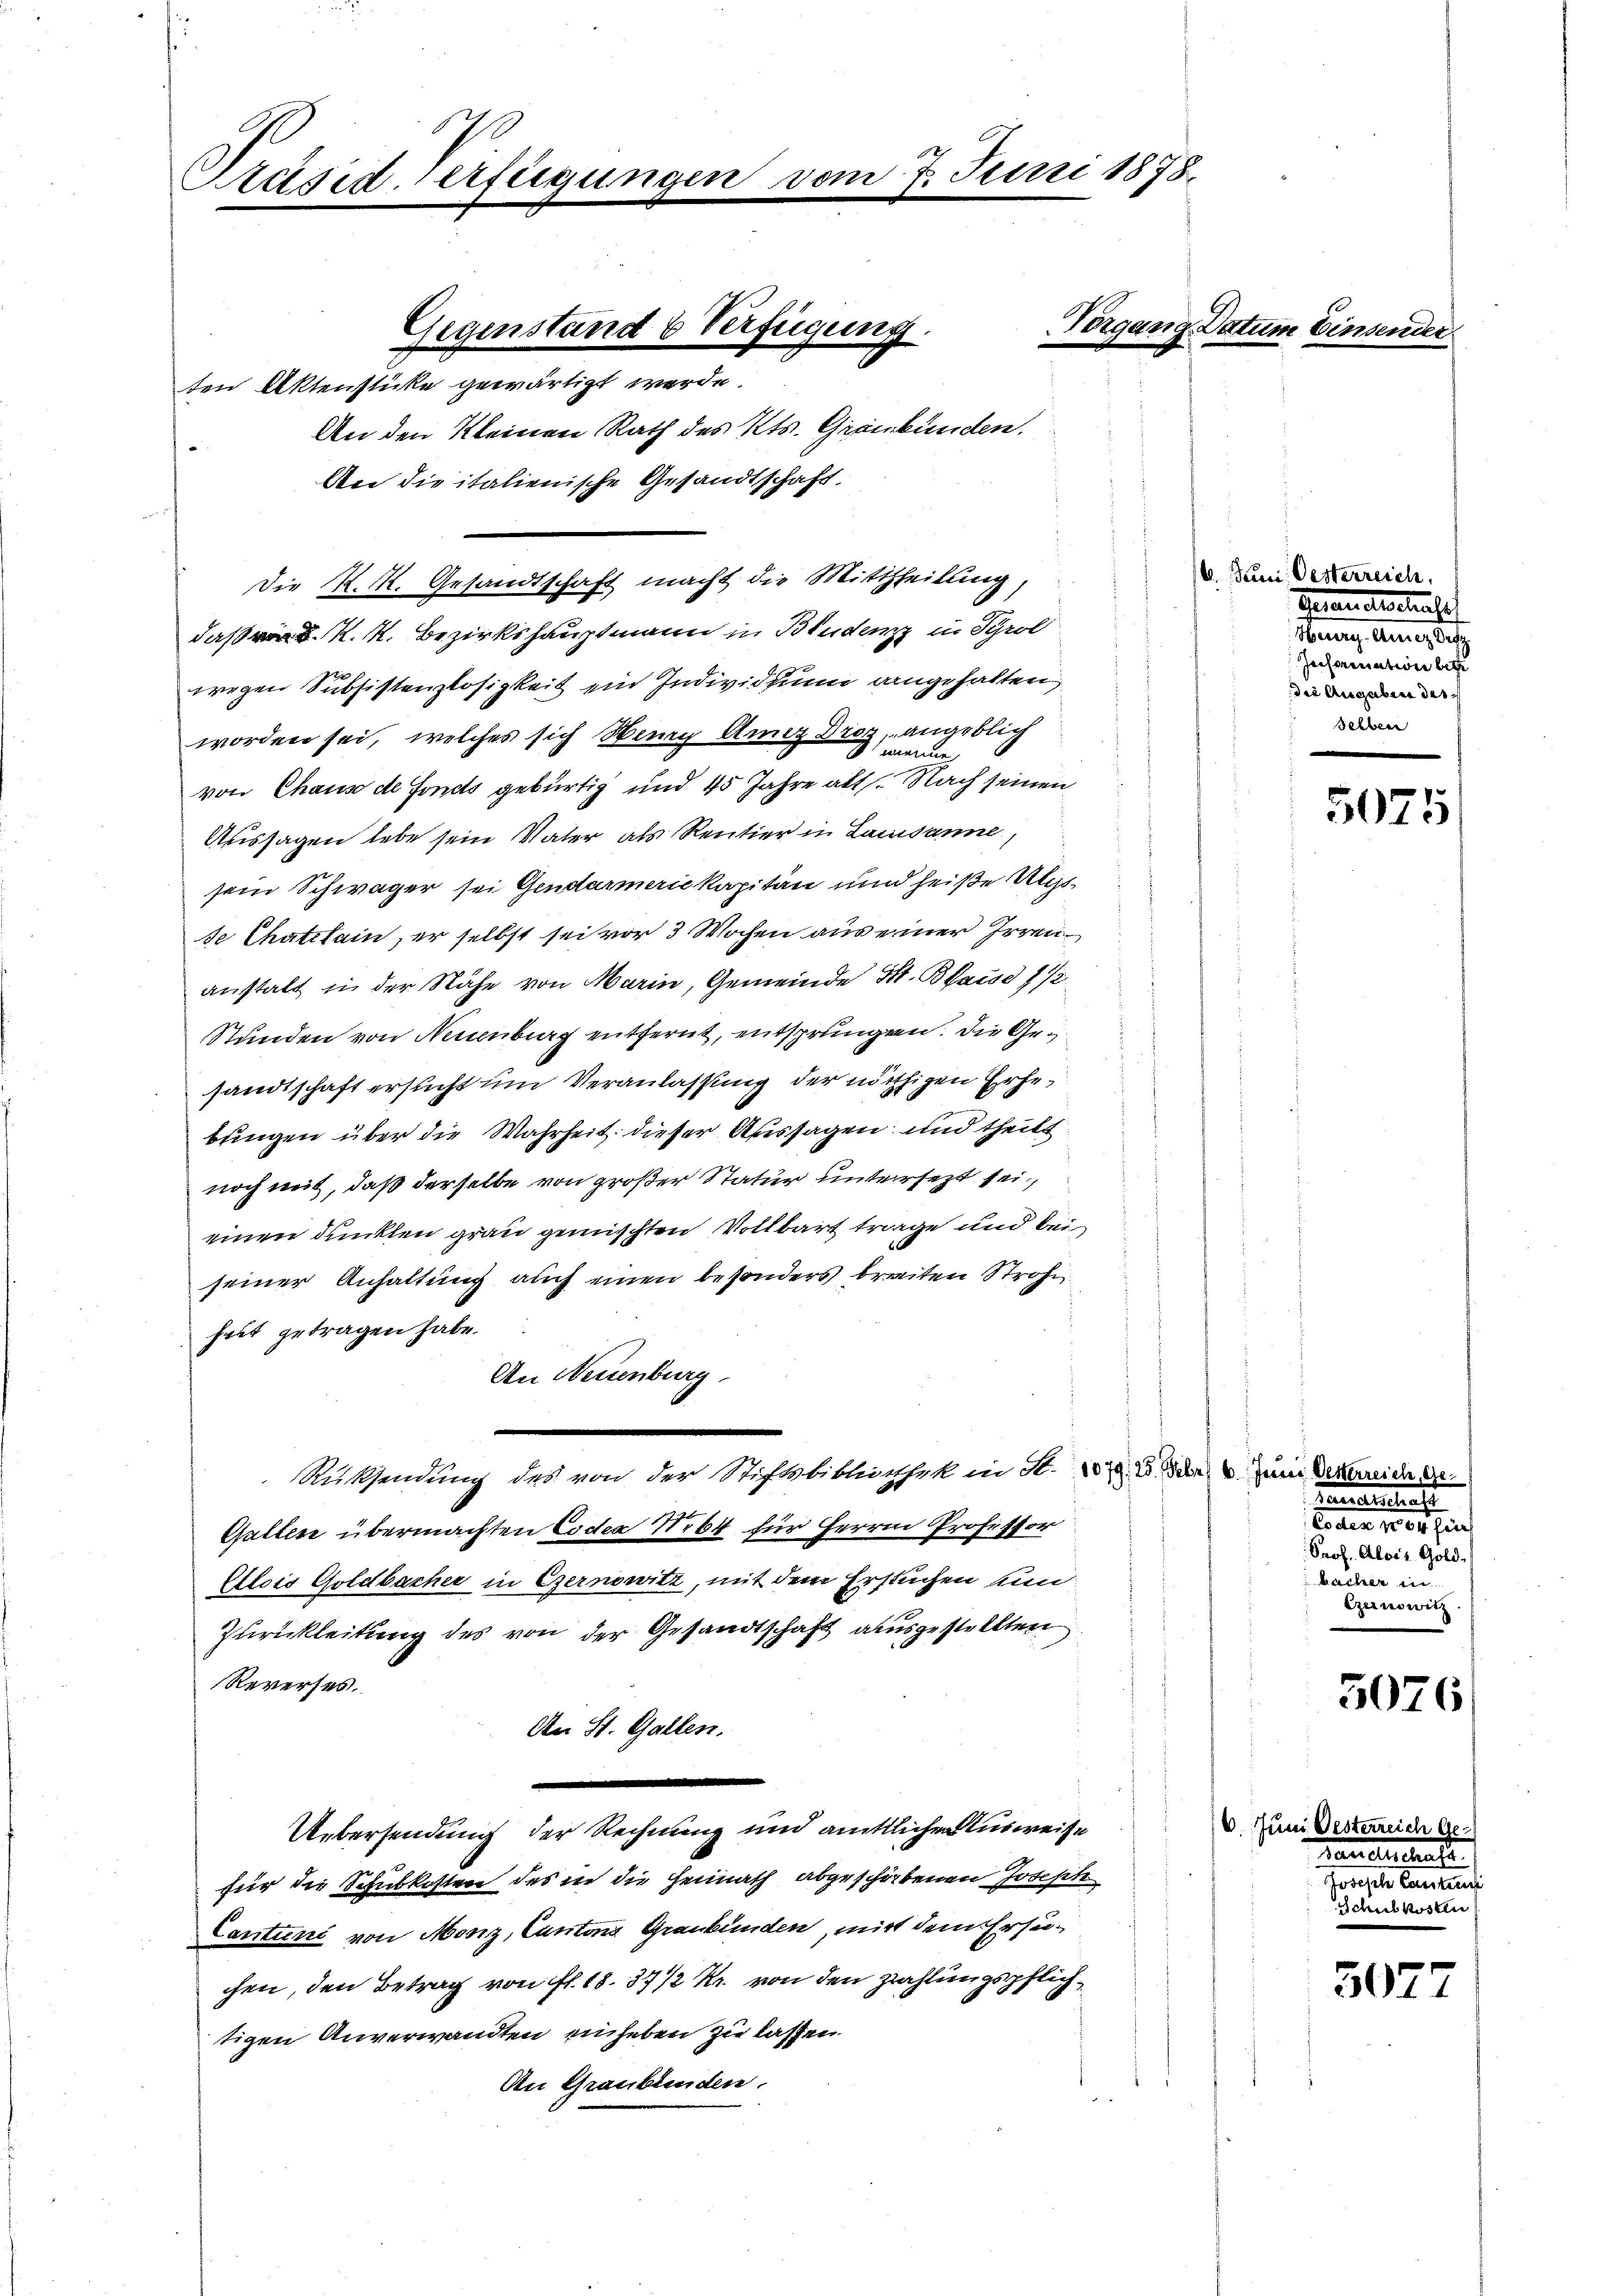
Präsid-Verfügungen.

Gegenstand 6 Verfügung.
ten Aktenstücke gewärtigt werde.

das K. K. Bezirkshauptmann in Brudenz in Sprol
wegen Subsistenzlosigkeit ein Individuum angehalten
worden sei, welches sich Neuen Amez Droz, angeblich
 meine
von Chaus de Fonds gebürtig und 45 Jahre alt. Nach seinen
Aussagen lebe sein Vater als Rentier in Lausanne,
sein Schwäger sei Gendarmerie kapitän und heiße Ungsse Chatelain, er selbst sei vor 3 Wochen aus einer Irrenanstalt in der Nähe von Marin, Gemeinde S. Blau 1/2
Stunden von Neuenburg entfernt, entsprungen. Die Gesandtschaft ersucht um Veranlassung der nöthigen Erhebungen über die Wahrheit dieser Aussagen, und theilt
noch mit, daß derselbe von großer Statur untersezt sei,
einen dunklen grau gemischten Vollbart trage und bei
seiner Anhaltung auch einen besonders breiten Strohi
hatt getragen habe.
An Neuenburg
Rücksendung des von der Stiftsbibliothek in S. 1079. 2. Fr. 6. Juni dermeide ge
Gallen übermachten Coder Nibt für Herrn Professor
Etlois Goldbacher in Czernowitz, mit dem Erstuchen sin
Zurickleitung des von der Gesandtschaft ausgestellten
Reverses.
An St. Gallen.
n
Übersendung der Rechnung und amtlichen Ausweise
für die Schubkosten des in die Heimath abgeschiebenen Joseph
Cartuni von Menz, Cantons Graubünden, mit dem Ersuchen, den Betrag von fl. 18. 37 1/2 Kr. von den Zahlungspflichtigen Anverwandten einheben zu lassen.
An Graubtenden.

Die K. M. Gesandtschaft macht die Mittheilung,

An den Kleinen Rath des Kts. Graubünden.
An die italienische Gesandtschaft,

vom 7. Juni 1878.

Vorgang Datum Einsender

16. Juni Oesterreich,
Gesandtschaf
Heur-Anicz des
Jessorisation betr
die Angaben des
selben

5075

Tanalschaft
ee einer
Prof. Alois Gold.
Macher in
Gernowitz.

3076

16. Juni Oesterreich Ge¬
Landsleute
tosesch Cantzen
Schub kosten

3077